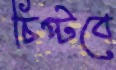
চিপ্‌টবে